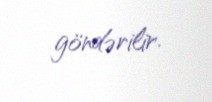
göndərilir.